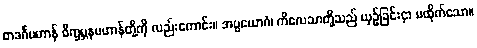
တဒင်္ဂပဟာန် ဝိက္ခမ္ဘနပဟာန်တို့ကို လည်းကောင်း။ အပ္ပယောဂံ၊ ကိလေသာတို့သည် ယှဉ်ခြင်းငှာ မထိုက်သော။